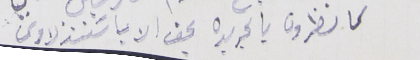
كما نظرون بالجريده بحق الاب اسَتنذلاوس